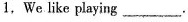
1,We like playing ___.